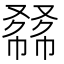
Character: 𠭾